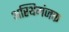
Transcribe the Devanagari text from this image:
अस्थिमंजक